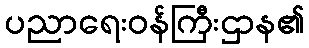
ပညာရေးဝန်ကြီးဌာန၏